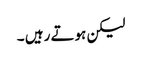
لیکن ہوتے رہیں ۔